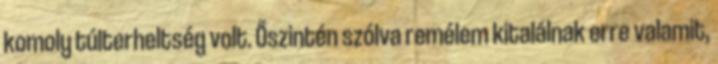
komoly túlterheltség volt. Őszintén szólva remélem kitalálnak erre valamit,